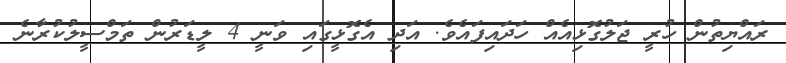
ރައްޔިތުން ހުރީ ޖަލުގޮޅިއެއް ހަދައިފައެވެ. އަދި އެގޮޅީގައި ވަނީ 4 ލީޑަރުން ތަމްސީލުކުރާނެ